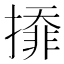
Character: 㩑